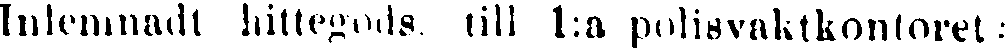
Inlemnadt hittegods till 1:a polisvaktkontoret: